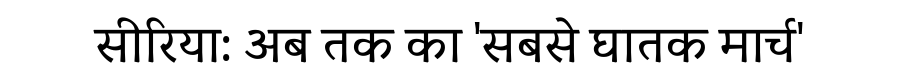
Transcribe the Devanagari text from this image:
सीरिया: अब तक का 'सबसे घातक मार्च'